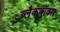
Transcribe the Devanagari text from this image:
ब्लैकबॉक्स